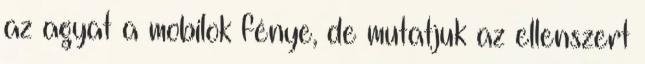
az agyat a mobilok fénye, de mutatjuk az ellenszert